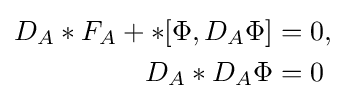
{\begin{aligned}D_{A}*F_{A}+*[\Phi ,D_{A}\Phi ]&=0,\\D_{A}*D_{A}\Phi &=0\end{aligned}}